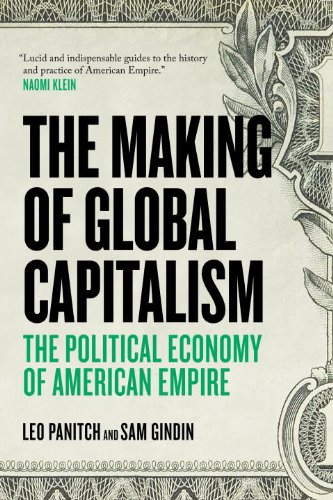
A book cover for The Making Of Global Capitalism: The Political Economy Of American Empire; Sam Gindin; Business & Money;